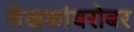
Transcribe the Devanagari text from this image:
लेखकांबरोबर